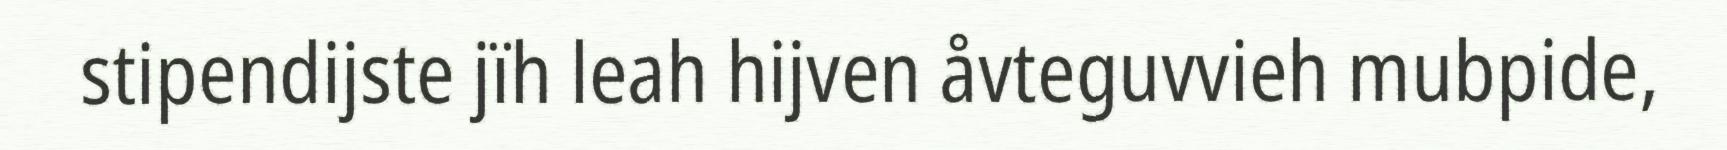
stipendijste jïh leah hijven åvteguvvieh mubpide,